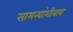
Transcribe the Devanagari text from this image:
सामन्यांशीवाय